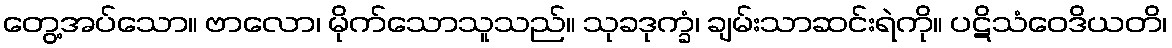
တွေ့အပ်သော။ ဗာလော၊ မိုက်သောသူသည်။ သုခဒုက္ခံ၊ ချမ်းသာဆင်းရဲကို။ ပဋိသံဝေဒိယတိ၊